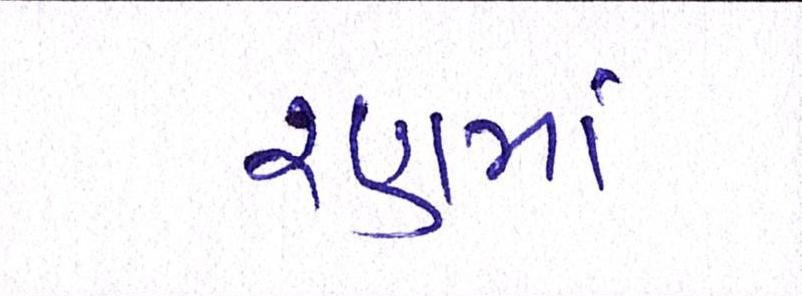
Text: રણમાં